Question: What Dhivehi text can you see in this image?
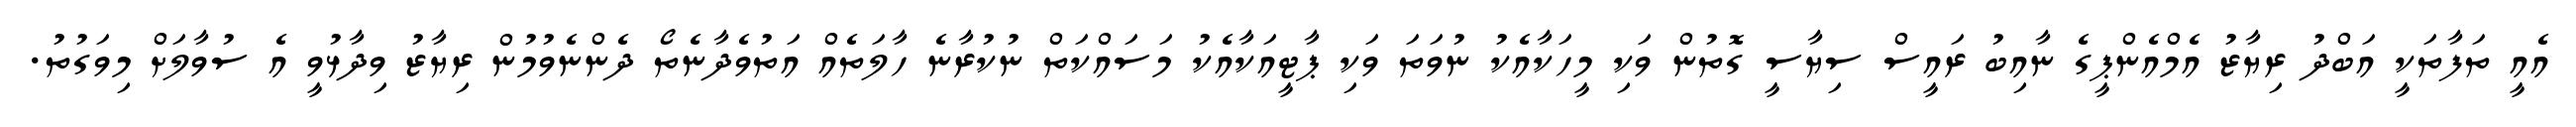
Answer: އެއީ ތަފާތަކީ އަބްދު ރިޔާޒު އެމްއެންޕީގެ ނާއިބު ރައީސް ސިޔާސީ ގޮތުން ވަކި މީހަކާއެކު ނުވަތަ ވަކި ޕާޓީއަކާއެކު މަސައްކަތް ނުކުރާނެ ހާލަތެއް އަތުވެދާނެތޯ ދެންނެވުމުން ރިޔާޒު ވިދާޅުވީ އެ ސުވާލަށް މިވަގުތު.